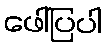
ဖေါ်ပြပါ